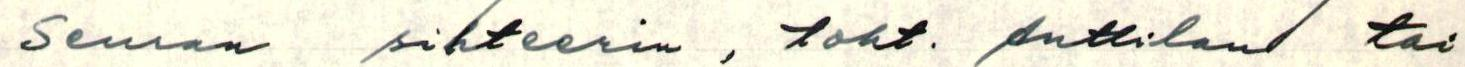
Seuran sihteerin, toht. Anttilan tai